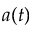
a ( t )